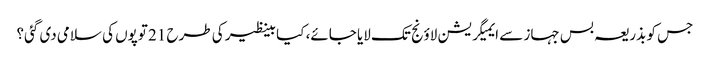
جس کو بذریعہ بس جہاز سے ایمیگریشن لاؤنج تک لایا جائے، کیا بینظیر کی طرح 21 توپوں کی سلامی دی گئی؟